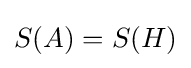
S(A)=S(H)